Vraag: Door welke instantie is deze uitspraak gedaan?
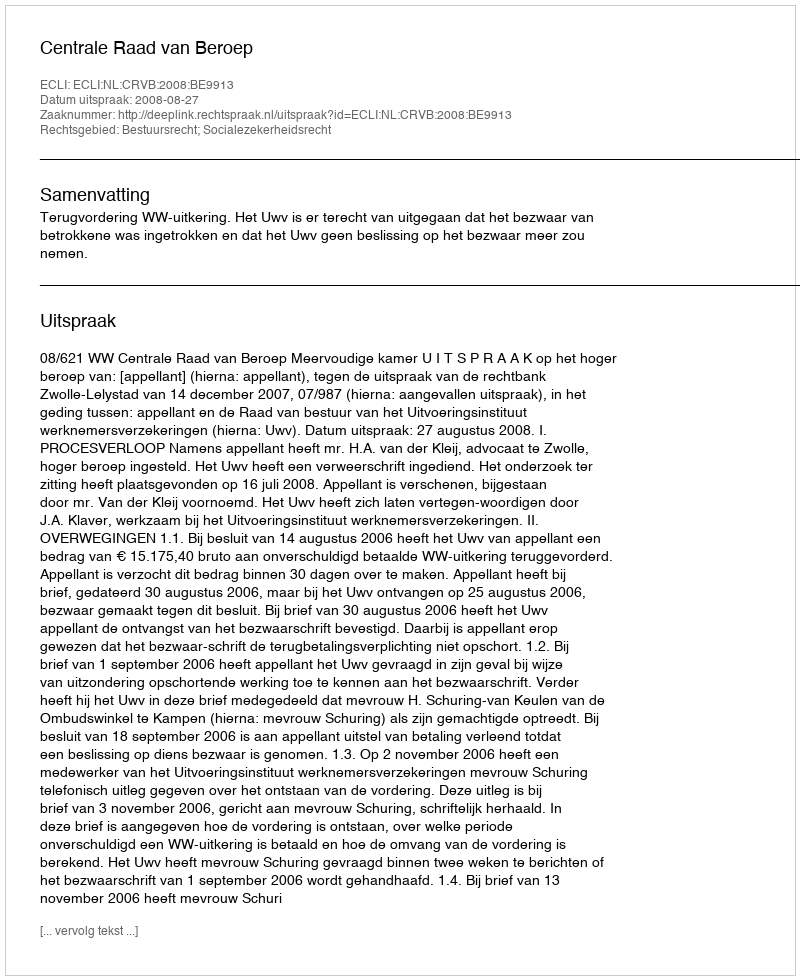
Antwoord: Centrale Raad van Beroep